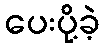
ပေးပို့ခဲ့